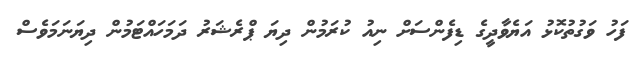
ފަހު ވަގުތުކޮޅު އަޔެވާދީގެ ޑިފެންސަށް ނިއު ކުރަމުން ދިޔަ ޕްރެޝަރު ދަމަހައްޓަމުން ދިޔަނަމަވެސް